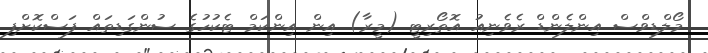
މޯލްޑިވްސް އިންލެންޑް ރެވެނިއު އޮތޯރިޓީ (މީރާ) އިން އިންކަމް ޓެކުހުގެ ސުންގަޑިތައް ފަސްކޮށްފި